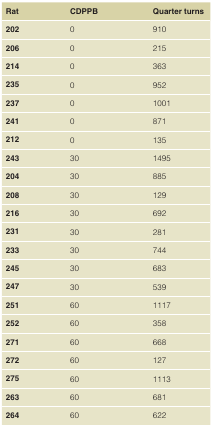
<table><thead><tr><td><b>Rat</b></td><td><b>CDPPB</b></td><td><b>Quarter turns</b></td></tr></thead><tbody><tr><td><b>202</b></td><td>0</td><td>910</td></tr><tr><td><b>206</b></td><td>0</td><td>215</td></tr><tr><td><b>214</b></td><td>0</td><td>363</td></tr><tr><td><b>235</b></td><td>0</td><td>952</td></tr><tr><td><b>237</b></td><td>0</td><td>1001</td></tr><tr><td><b>241</b></td><td>0</td><td>871</td></tr><tr><td><b>212</b></td><td>0</td><td>135</td></tr><tr><td><b>243</b></td><td>30</td><td>1495</td></tr><tr><td><b>204</b></td><td>30</td><td>885</td></tr><tr><td><b>208</b></td><td>30</td><td>129</td></tr><tr><td><b>216</b></td><td>30</td><td>692</td></tr><tr><td><b>231</b></td><td>30</td><td>281</td></tr><tr><td><b>233</b></td><td>30</td><td>744</td></tr><tr><td><b>245</b></td><td>30</td><td>683</td></tr><tr><td><b>247</b></td><td>30</td><td>539</td></tr><tr><td><b>251</b></td><td>60</td><td>1117</td></tr><tr><td><b>252</b></td><td>60</td><td>358</td></tr><tr><td><b>271</b></td><td>60</td><td>668</td></tr><tr><td><b>272</b></td><td>60</td><td>127</td></tr><tr><td><b>275</b></td><td>60</td><td>1113</td></tr><tr><td><b>263</b></td><td>60</td><td>681</td></tr><tr><td><b>264</b></td><td>60</td><td>622</td></tr></tbody></table>